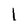
Character: 1